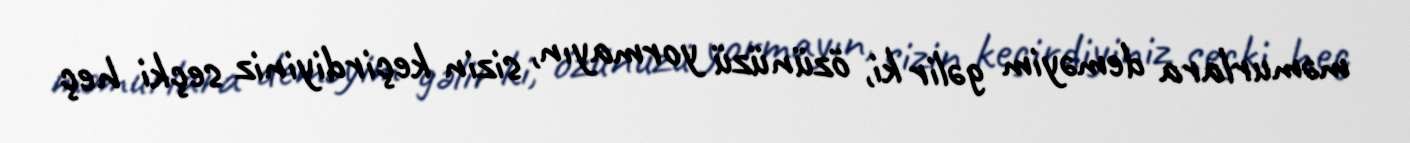
məmurlara deməyim gəlir ki, özünüzü yormayın, sizin keçirdiyiniz seçki heç